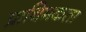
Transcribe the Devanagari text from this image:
प्राथिमकता